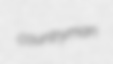
countryman